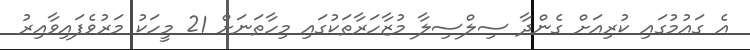
އެ ގައުމުގައި ކުރިއަށް ގެންދާ ސިލްސިލާ މުޒާހަރާތަކުގައި މިހާތަނަށް 21 މީހަކު މަރުވެފައިވާއިރު